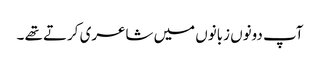
آپ دونوں زبانوں میں شاعری کرتے تھے ۔